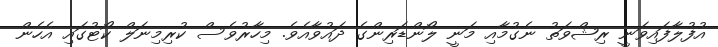
އުފުލާފައިވަނީ ރިޝްވަތު ނެގުމާއި މަނީ ލޯންޑަރިންގެ ދައުވާއެވެ. މިހާރުވެސް ކުރިމިނަލް ކޯޓުގައި އެހެން